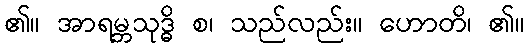
၏။ အာရမ္ဘသုဒ္ဓိ စ၊ သည်လည်း။ ဟောတိ၊ ၏။